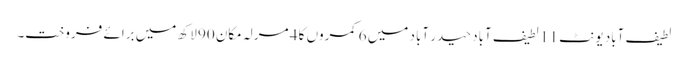
لطیف آباد یونٹ 11 لطیف آباد حیدر آباد میں 6 کمروں کا 4 مرلہ مکان 90 لاکھ میں برائے فروخت۔